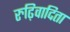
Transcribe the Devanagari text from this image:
रुढ़िवादिता